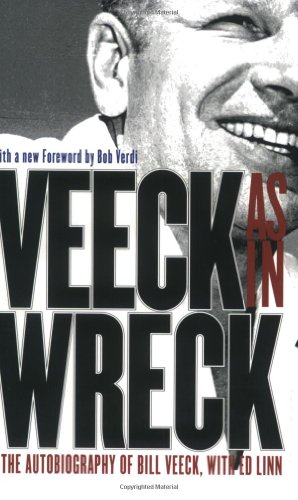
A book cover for Veeck--As In Wreck: The Autobiography of Bill Veeck; Bill Veeck; Biographies & Memoirs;